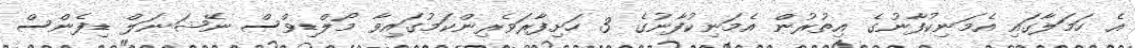
އެ ހަމަލާގައި އެމަނިކުފާނުގެ އިތުރުން އެމަނިކުފާނުގެ 3 ހަށިފާރަވެރިންކަމުގައިވާ މޯލްޑިވްސް ނޭޝަނަލް ޑިފެންސް